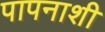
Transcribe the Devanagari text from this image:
पापनाशी